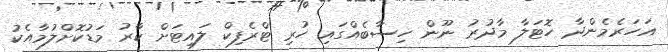
އަހަރެމެންދާ ހޮޓަލާ މާދުރު ނޫން ހިސާބެއްގައި ހުރި ޓްރެފިކް ލައިޓަށް ކާރު މަޑުކޮށްލުމާއެކު